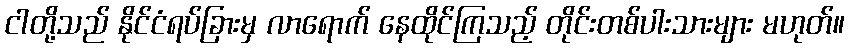
ငါတို့သည် နိုင်ငံရပ်ခြားမှ လာရောက် နေထိုင်ကြသည့် တိုင်းတစ်ပါးသားများ မဟုတ်။